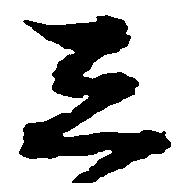
し